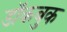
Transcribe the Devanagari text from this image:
डॉकबुक